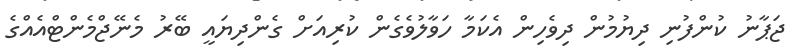
ޖަޕާނު ކުންފުނި ދިޔުމުން ދިވެހިން އެކަމާ ހަވާލުވެގެން ކުރިއަށް ގެންދިޔައީ ބޭރު މެނޭޖްމެންޓްއެއްގެ